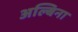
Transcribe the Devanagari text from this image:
अल्बिना